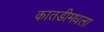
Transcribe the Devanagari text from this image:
कातडीमधला